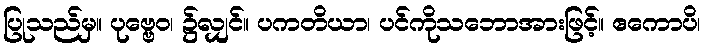
ပြုသည်မှ။ ပုဗ္ဗေဝ၊ ၌လျှင်။ ပကတိယာ၊ ပင်ကိုသဘောအားဖြင့်။ ဧကောပိ၊